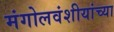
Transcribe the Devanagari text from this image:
मंगोलवंशीयांच्या